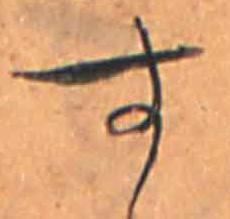
す